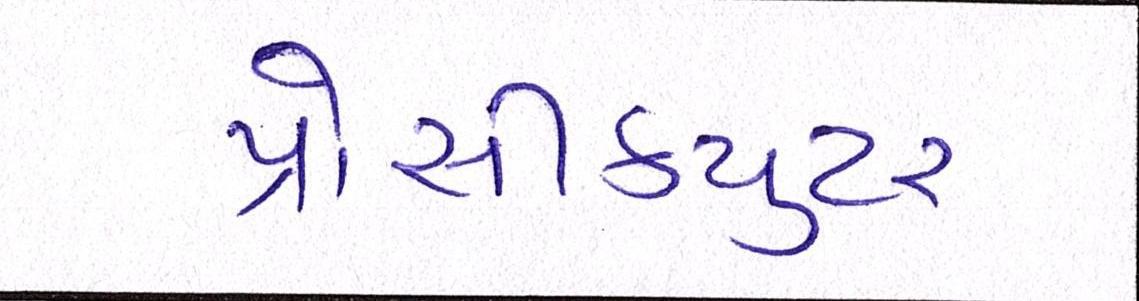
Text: પ્રોસીકયુટર